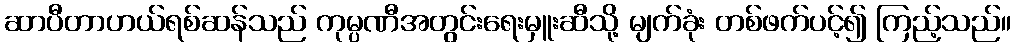
ဆာပီတာဟယ်ရစ်ဆန်သည် ကုမ္ပဏီအတွင်းရေးမှူးဆီသို့ မျက်ခုံး တစ်ဖက်ပင့်၍ ကြည့်သည်။